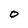
Character: O